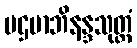
ပဌမာဘိနန္ဒသုတ္တံ